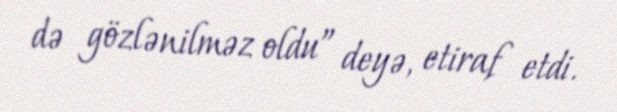
də gözlənilməz oldu” deyə, etiraf etdi.